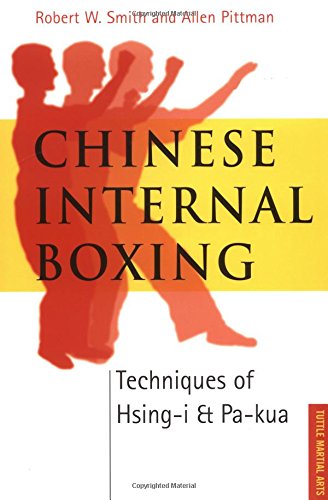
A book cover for Chinese Internal Boxing: Techniques of Hsing-I & Pa-Kua; Robert W. Smith; Sports & Outdoors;